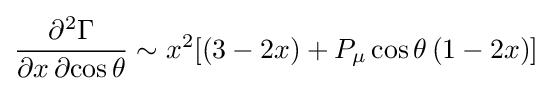
{\frac {\partial ^{2}\Gamma }{\partial x\,\partial {\cos \theta }}}\sim x^{2}[(3-2x)+P_{\mu }\cos \theta \,(1-2x)]